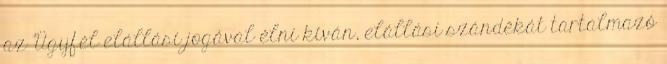
az Ügyfél elállási jogával élni kíván, elállási szándékát tartalmazó